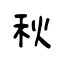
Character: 秋